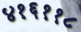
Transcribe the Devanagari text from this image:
४१६११८